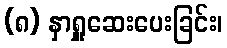
(၈) နှာရှူဆေးပေးခြင်း၊